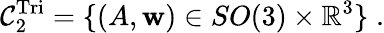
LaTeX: \mathcal{C}_{2}^{\mathrm{Tri}}=\{ (A,\mathbf{w})\in SO(3)\times\mathbb{R}^{3}\} \; .